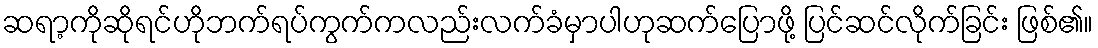
ဆရာ့ကိုဆိုရင်ဟိုဘက်ရပ်ကွက်ကလည်းလက်ခံမှာပါဟုဆက်ပြောဖို့ ပြင်ဆင်လိုက်ခြင်း ဖြစ်၏။